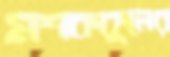
মশককুলের